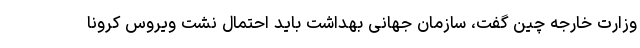
وزارت خارجه چین گفت، سازمان جهانی بهداشت باید احتمال نشت ویروس کرونا